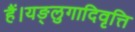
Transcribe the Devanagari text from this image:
हैं।यङ्लुगादिवृत्ति